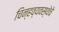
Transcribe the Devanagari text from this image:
चिन्हव्यवस्थेचे